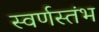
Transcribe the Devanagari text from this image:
स्वर्णस्तंभ